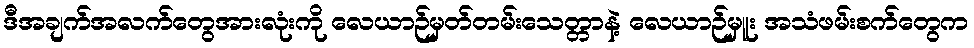
ဒီအချက်အလက်တွေအားလုံးကို လေယာဉ်မှတ်တမ်းသေတ္တာနဲ့ လေယာဉ်မှူး အသံဖမ်းစက်တွေက